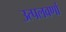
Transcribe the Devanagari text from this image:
उत्पलवर्णा